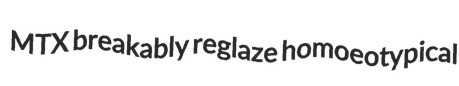
MTX breakably reglaze homoeotypical